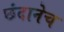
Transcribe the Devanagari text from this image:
छंदानेच